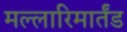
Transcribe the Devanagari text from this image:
मल्लारिमार्तंड